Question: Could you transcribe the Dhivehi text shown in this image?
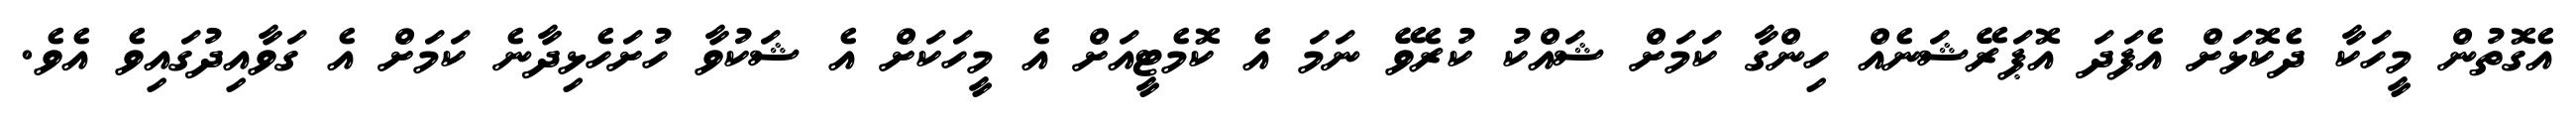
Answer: އެގޮތުން މީހަކާ ދެކޮޅަށް އެފަދަ އޮޕަރޭޝަނެއް ހިންގާ ކަމަށް ޝައްކު ކުރެވޭ ނަމަ އެ ކޮމެޓީއަށް އެ މީހަކަށް އެ ޝަކުވާ ހުށަހެޅިދާނެ ކަމަށް އެ ގަވާއިދުގައިވެ އެވެ.